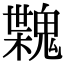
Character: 𩳶